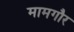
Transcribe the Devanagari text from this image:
मामगौर